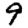
Digit: 9